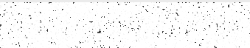
ថា លោក ហ៊ុន ម៉ាណែត ក៏មិន